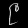
Digit: ၉